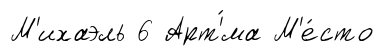
М'ихаэль 6 Арт'́ма М'е́сто